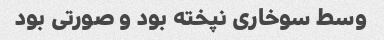
وسط سوخاری نپخته بود و صورتی بود